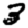
Digit: 3